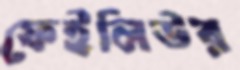
ফেইলিউর